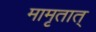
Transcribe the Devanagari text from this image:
मामृतात्